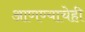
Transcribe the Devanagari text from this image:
आणण्याचेही